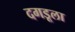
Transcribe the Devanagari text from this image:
दगडूला